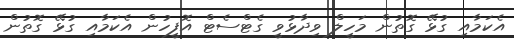
އެކަމާއި ގުޅޭ ގޮތުން މަހީލް ވިދާޅުވީ ގެޓްސެޓް އޮފީހުން އެކަމާއި ގުޅޭ ގޮތުން